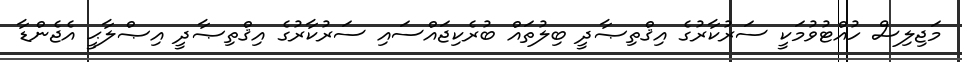
މަޖިލިސް ހުއްޓުވުމަކީ ސަރުކާރުގެ އިޤްތިޞާދީ ބިލުތައް ބުރެކިޖައްސައި ސަރުކާރުގެ އިޤްތިޞާދީ އިޞްލާޙީ އެޖެންޑާ